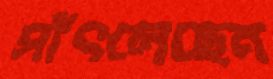
সাঁৎলেছেন